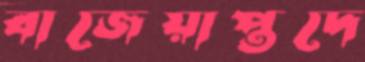
বাজেয়াপ্তদে